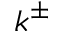
k ^ { \pm }